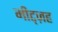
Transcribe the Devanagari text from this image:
मीट्ज़ह